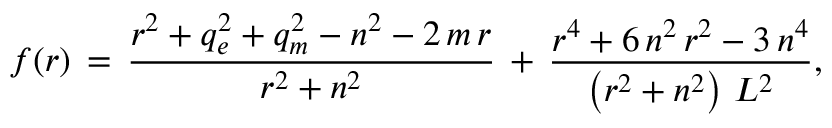
f ( r ) \, = \, \frac { r ^ { 2 } + q _ { e } ^ { 2 } + q _ { m } ^ { 2 } - n ^ { 2 } - 2 \, m \, r } { r ^ { 2 } + n ^ { 2 } } \, + \, \frac { r ^ { 4 } + 6 \, n ^ { 2 } \, r ^ { 2 } - 3 \, n ^ { 4 } } { \left( r ^ { 2 } + n ^ { 2 } \right) \, L ^ { 2 } } ,